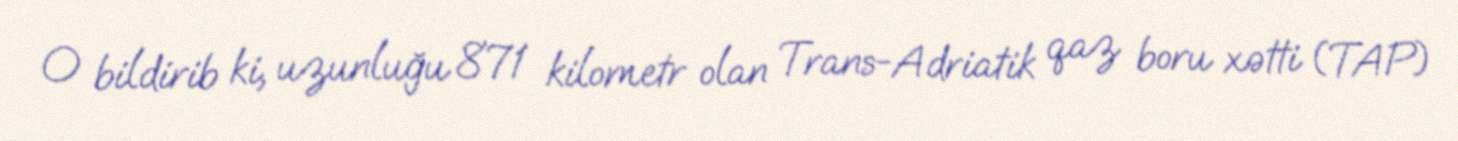
O bildirib ki, uzunluğu 871 kilometr olan Trans-Adriatik qaz boru xətti (TAP)